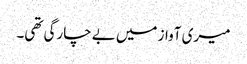
میری آواز میں بے چارگی تھی۔